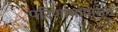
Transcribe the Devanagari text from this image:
परिणामांपासून